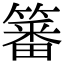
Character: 䉒